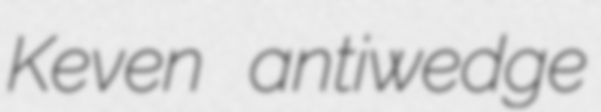
Keven antiwedge